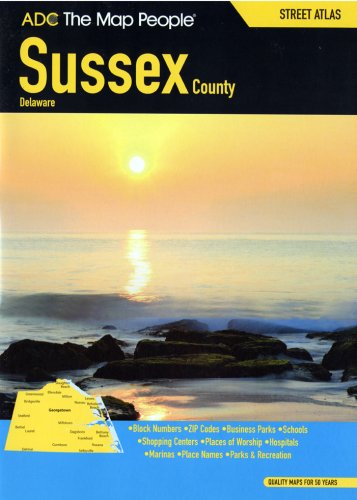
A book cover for Adc Sussex County, Delaware Atlas; Travel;